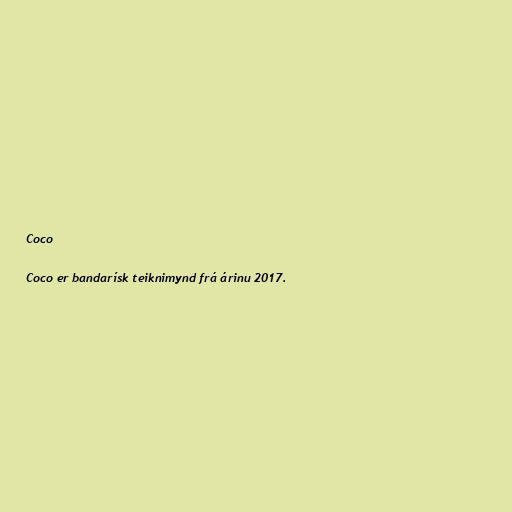
Coco

Coco er bandarísk teiknimynd frá árinu 2017.